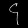
Digit: ၄